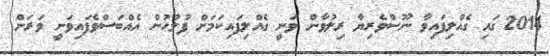
2014 ގައި ގެއްލިފައިވާ ނޫސްވެރިޔާ ރިލުވާން ވަނީ ގެއްލިފައިކަމަށް ފުލުހުން އެއްބަސްވެފައިވަނީ ވަރަށް